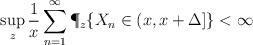
LaTeX: \begin{align*}\sup_z \frac{1}{x}\sum_{n=1}^\infty\P_z\{X_n\in(x,x+\Delta]\}<\infty\end{align*}